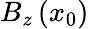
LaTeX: B_{z}\left(x_{0}\right)